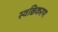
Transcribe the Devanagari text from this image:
स्वछिकरण